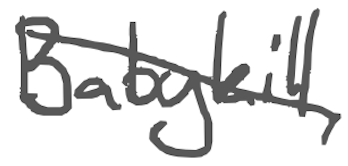
Text: Babykill,
Cross-out: diagonal
Writing tool: digital_gray